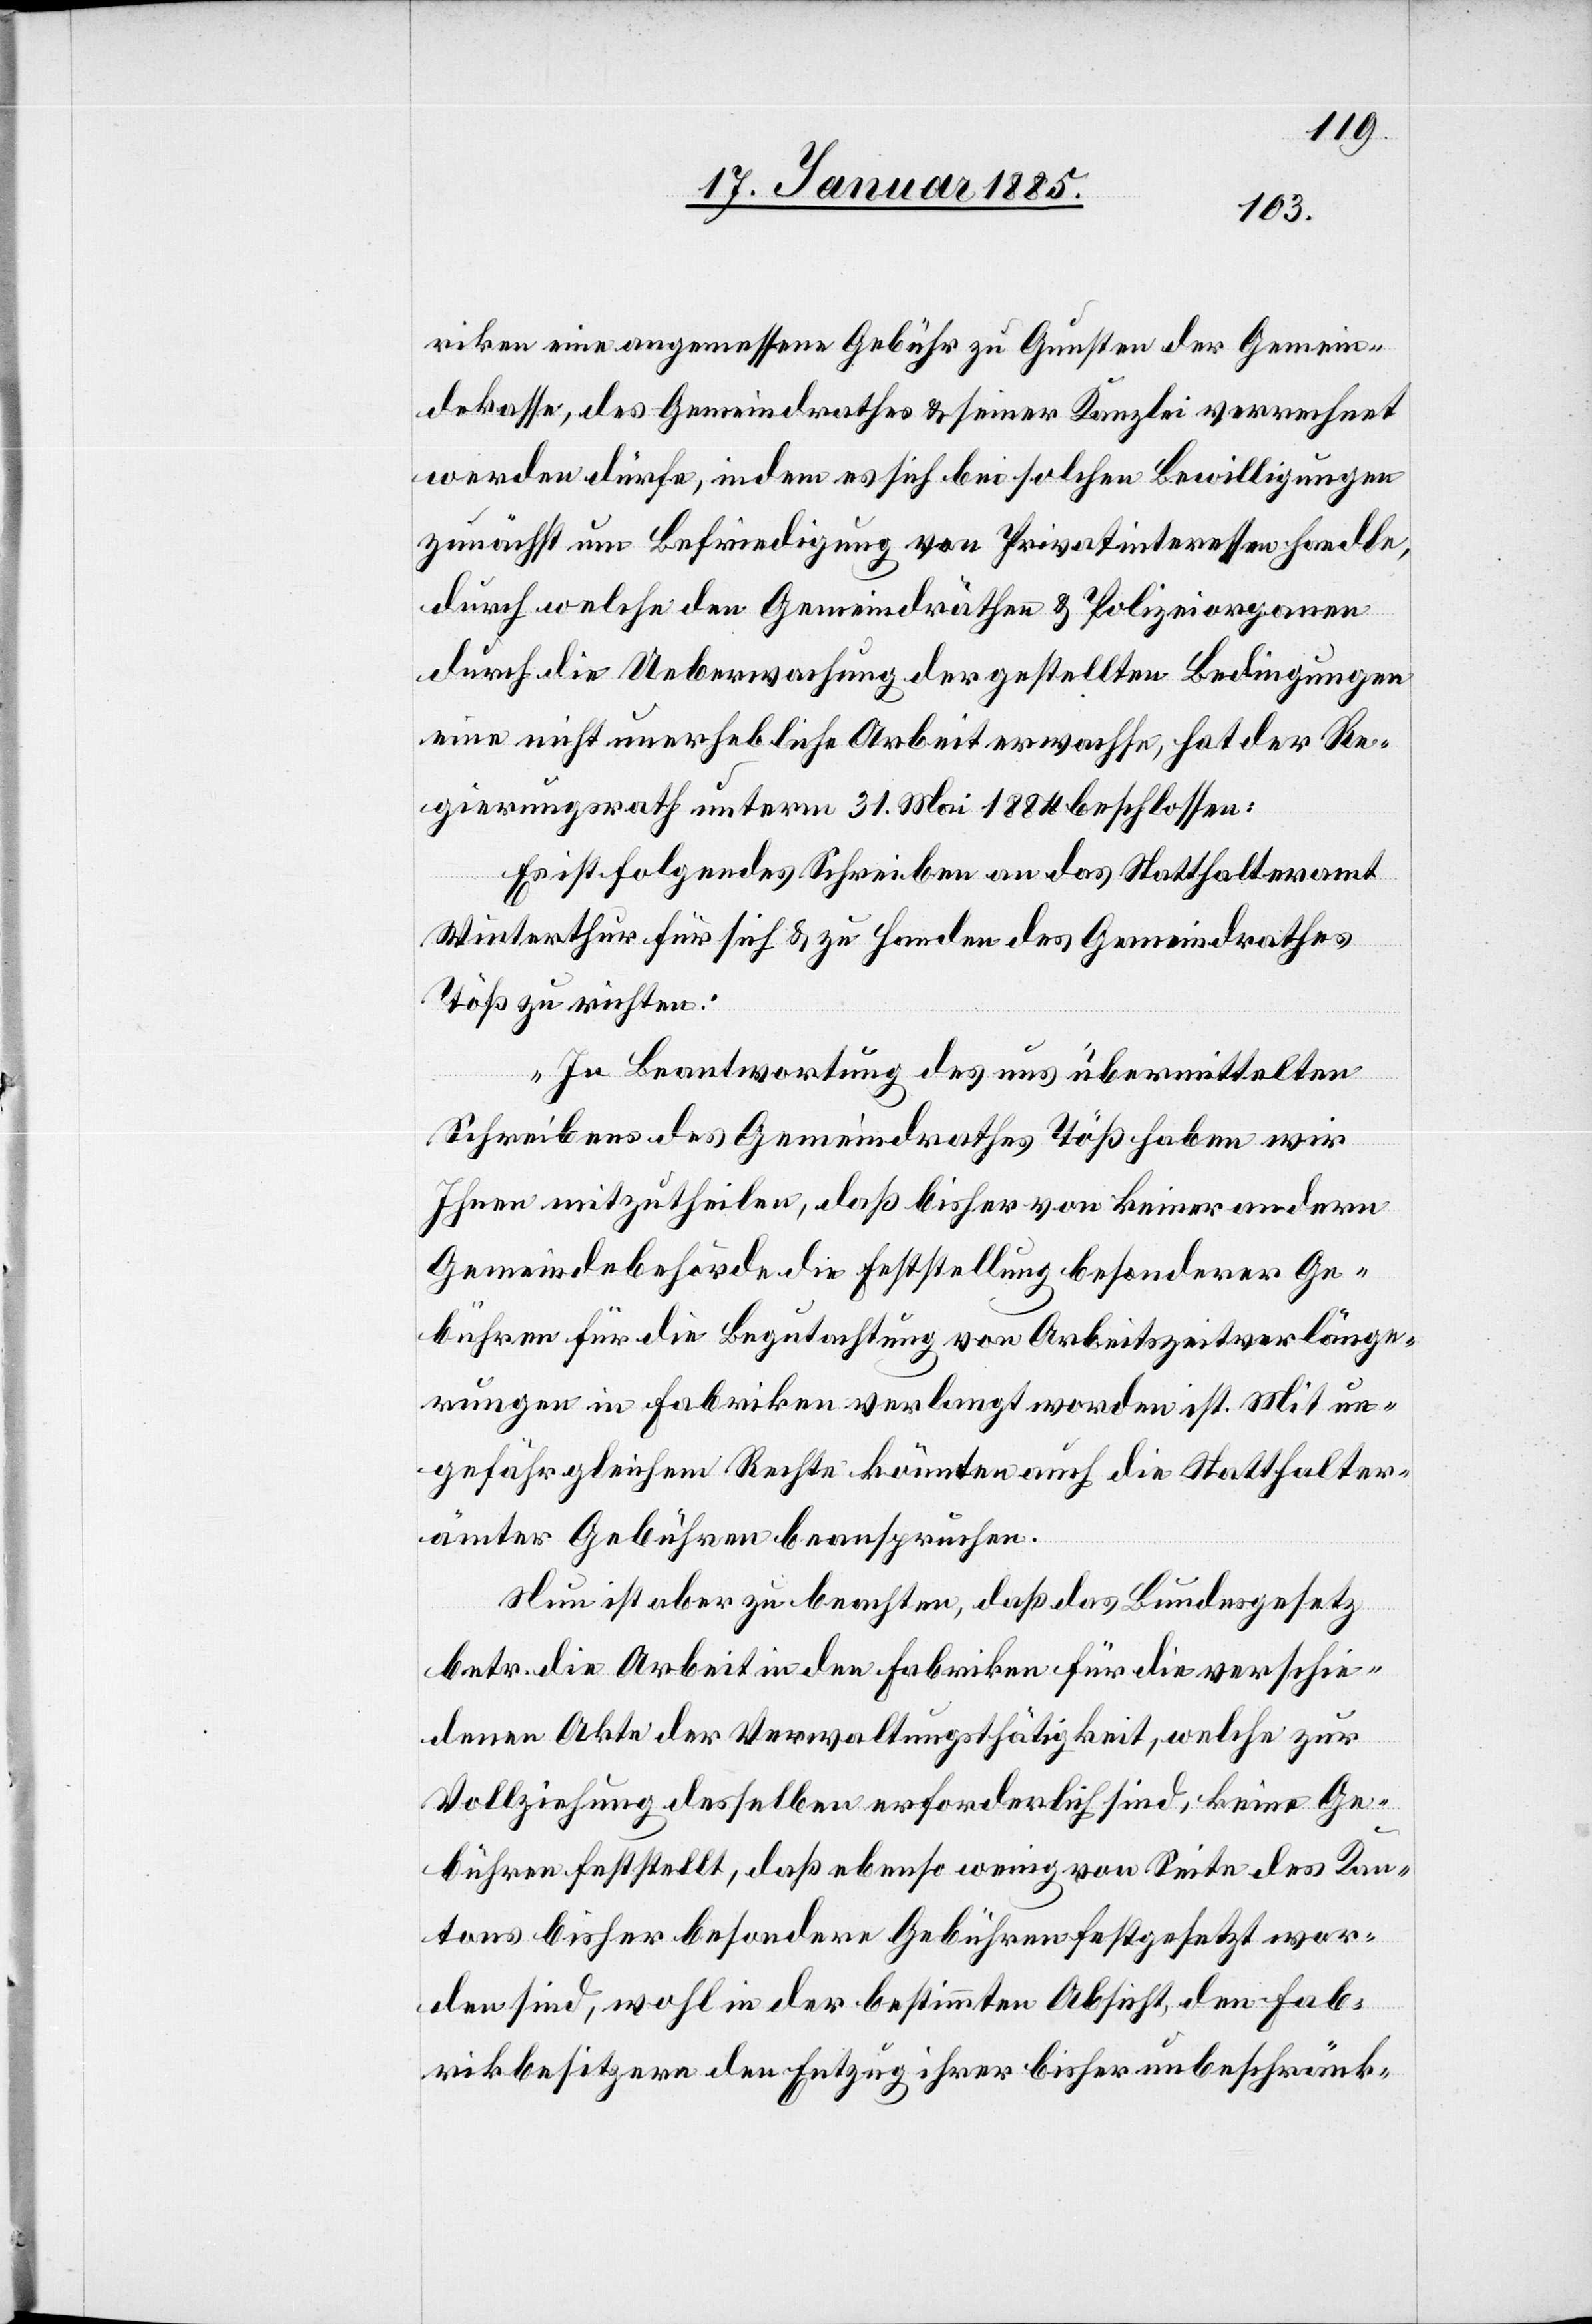
riken eine angemessene Gebühr zu Gunsten der Gemein¬
dekasse, des Gemeindrathes & seiner Kanzlei verrechnet
werden dürfe, indem es sich bei solchen Bewilligungen
zunächst um Befriedigung von Privatinteressen handle,
durch welche den Gemeindräthen & Polizeiorganen
durch die Ueberwachung der gestellten Bedingungen
eine nicht unerhebliche Arbeit erwachse, hat der Re¬
gierungsrath unterm 31. Mai 1884 beschlossen:
Es ist folgendes Schreiben an das Statthalteramt
Winterthur für sich & zu Handen des Gemeindrathes
Töß zu richten:
„In Beantwortung des uns übermittelten
Schreibens des Gemeindrathes Töß haben wir
Ihnen mitzutheilen, daß bisher von keiner andern
Gemeindebehörde die Feststellung besonderer Ge¬
bühren für die Begutachtung von Arbeitszeitverlänge¬
rungen in Fabriken verlangt worden ist. Mit un¬
gefähr gleichem Rechte könnten auch die Statthalter¬
ämter Gebühren beanspruchen.
Nun ist aber zu beachten, daß das Bundesgesetz
betr. die Arbeit in den Fabriken für die verschie¬
denen Akte der Verwaltungsthätigkeit, welche zur
Vollziehung desselben erforderlich sind, keine Ge¬
bühren feststellt, daß ebenso wenig von Seite des Kan¬
tons bisher besondere Gebühren festgesetzt wor¬
den sind, wohl in der bestimmten Absicht, den Fab¬
rikbesitzern den Entzug ihrer bisher unbeschränk-